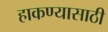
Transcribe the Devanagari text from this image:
हाकण्यासाठी